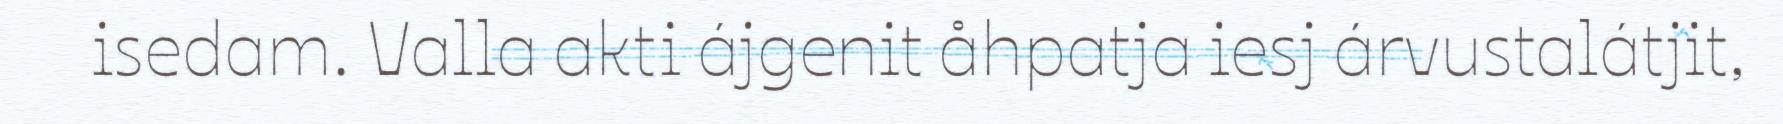
isedam. Valla akti ájgenit åhpatja iesj árvustalátjit,